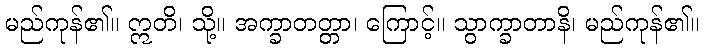
မည်ကုန်၏။ ဣတိ၊ သို့။ အက္ခာတတ္တာ၊ ကြောင့်။ သွာက္ခာတာနိ၊ မည်ကုန်၏။